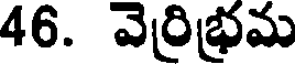
46. వెర్రిభ్రమ